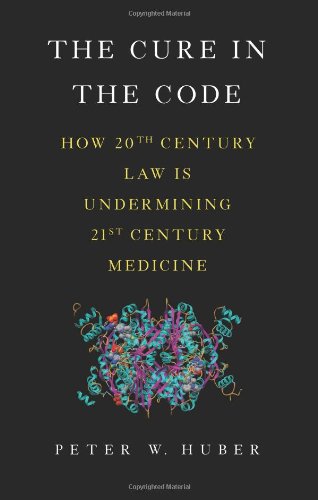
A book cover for The Cure in the Code: How 20th Century Law is Undermining 21st Century Medicine; Peter W. Huber; Law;